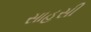
સાહસી